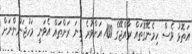
އަތޮޅު ވެސް ހިމެނޭގޮތައް ރާއްޖޭގެ 100 އަށްވުރެ ގިނަ ރަށްތައް އެވަނީ މަހުޖަނުންނަށް